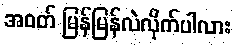
အဝတ် မြန်မြန်လဲလိုက်ပါလား